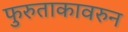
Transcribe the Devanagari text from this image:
फुरुताकावरुन